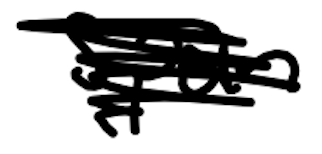
Text: spun
Cross-out: scratch
Writing tool: digital_black